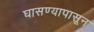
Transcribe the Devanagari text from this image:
घासण्यापासून